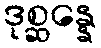
ဒုစ္ဆန္နေ